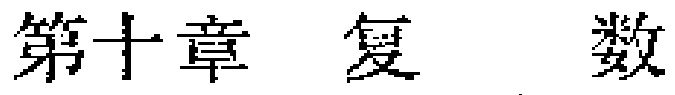
第十章 复 数